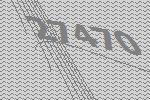
27470